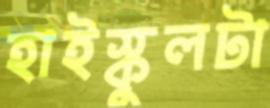
হাইস্কুলটা